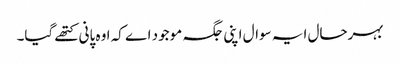
بہرحال ایہ سوال اپنی جگہ موجود اے کہ اوہ پانی کتھے گیا۔